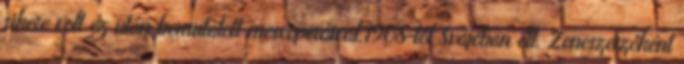
sikere volt ez után bemutatott meseoperáival.1908-tól Svájcban élt. Zeneszerzőként